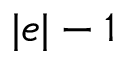
| e | - 1